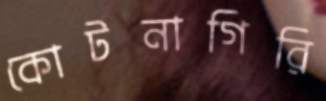
কোটনাগিরি